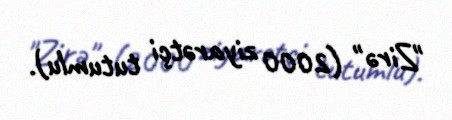
"Zirə" (2000 ziyarətçi tutumlu).